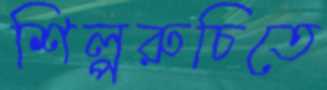
শিল্পরুচিতে